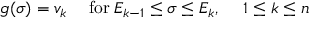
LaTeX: g ( \sigma ) = v _ { k } \quad \; \mathrm { f o r } \: E _ { k - 1 } \leq \sigma \leq E _ { k } , \quad \; 1 \leq k \leq n